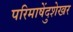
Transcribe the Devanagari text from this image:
परिमाषेंदुशेखर